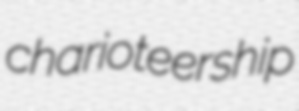
charioteership